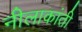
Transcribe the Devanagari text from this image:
नीलाकांती